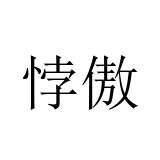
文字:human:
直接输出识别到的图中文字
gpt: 悖傲